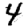
Digit: 4